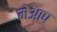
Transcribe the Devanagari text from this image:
मेंआप